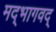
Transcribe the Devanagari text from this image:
मद्‌भागवद्‌